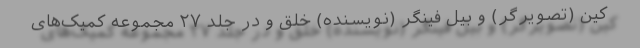
کین (تصویرگر) و بیل فینگر (نویسنده) خلق و در جلد ۲۷ مجموعه کمیک‌های